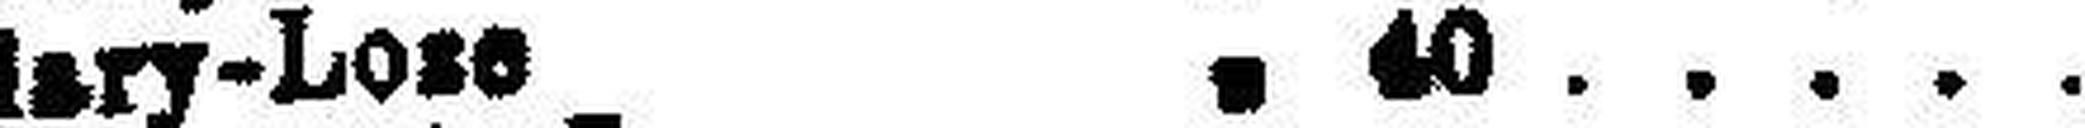
Clary-Lose " 40